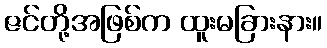
ဇင်တို့အဖြစ်က ထူးမခြားနား။